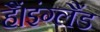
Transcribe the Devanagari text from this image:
हैं।इंग्लैंड